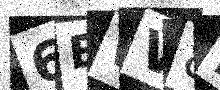
Text: 6EWV8I